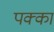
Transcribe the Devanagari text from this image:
पक्‍का